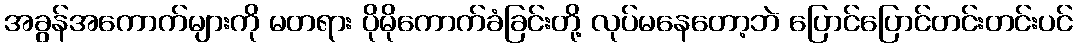
အခွန်အကောက်များကို မတရား ပိုမိုကောက်ခံခြင်းတို့ လုပ်မနေတော့ဘဲ ပြောင်ပြောင်တင်းတင်းပင်